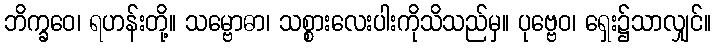
ဘိက္ခဝေ၊ ရဟန်းတို့။ သမ္ဗောဓာ၊ သစ္စားလေးပါးကိုသိသည်မှ။ ပုဗ္ဗေဝ၊ ရှေး၌သာလျှင်။